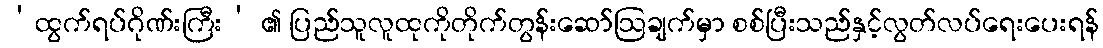
‘ထွက်ရပ်ဂိုဏ်းကြီး’ ၏ ပြည်သူလူထုကိုတိုက်တွန်းဆော်ဩချက်မှာ စစ်ပြီးသည်နှင့်လွတ်လပ်ရေးပေးရန်